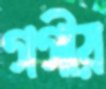
গগীয়